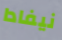
نيفادا